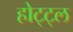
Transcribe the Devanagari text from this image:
होट्ट्ल